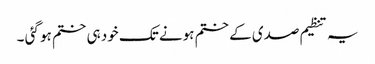
یہ تنظیم صدی کے ختم ہونے تک خود ہی ختم ہو گئی ۔